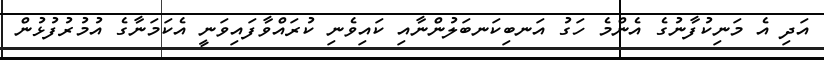
އަދި އެ މަނިކުފާނުގެ އެންމެ ހަގު އަނބިކަނބަލުންނާއި ކައިވެނި ކުރައްވާފައިވަނީ އެކަމަނާގެ އުމުރުފުޅުން